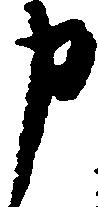
申